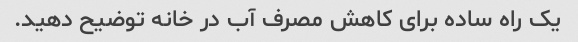
یک راه ساده برای کاهش مصرف آب در خانه توضیح دهید.